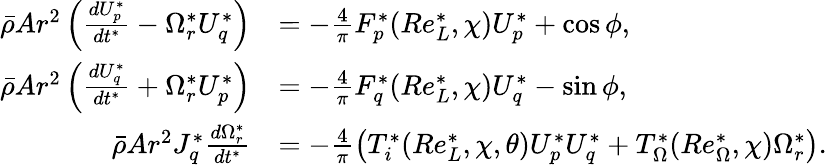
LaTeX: \begin{array}{rl}{\bar{\rho}Ar^{2}\left(\frac{dU_{p}^{*}}{dt^{*}}-\Omega_{r}^{*}U_{q}^{*}\right)}&{=-\frac{4}{\pi}F_{p}^{*}(Re_{L}^{*},\chi)U_{p}^{*}+\cos\phi,}\\ {\bar{\rho}Ar^{2}\left(\frac{dU_{q}^{*}}{dt^{*}}+\Omega_{r}^{*}U_{p}^{*}\right)}&{=-\frac{4}{\pi}F_{q}^{*}(Re_{L}^{*},\chi)U_{q}^{*}-\sin\phi,}\\ {\bar{\rho}Ar^{2}J_{q}^{*}\frac{d\Omega_{r}^{*}}{dt^{*}}}&{=-\frac{4}{\pi}\left(T_{i}^{*}(Re_{L}^{*},\chi,\theta)U_{p}^{*}U_{q}^{*}+T_{\Omega}^{*}(Re_{\Omega}^{*},\chi)\Omega_{r}^{*}\right).}\end{array}